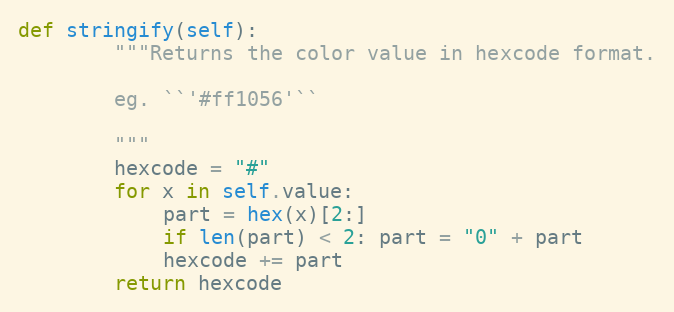
Language: Python
def stringify(self):
        """Returns the color value in hexcode format.

        eg. ``'#ff1056'``

        """
        hexcode = "#"
        for x in self.value:
            part = hex(x)[2:]
            if len(part) < 2: part = "0" + part
            hexcode += part
        return hexcode